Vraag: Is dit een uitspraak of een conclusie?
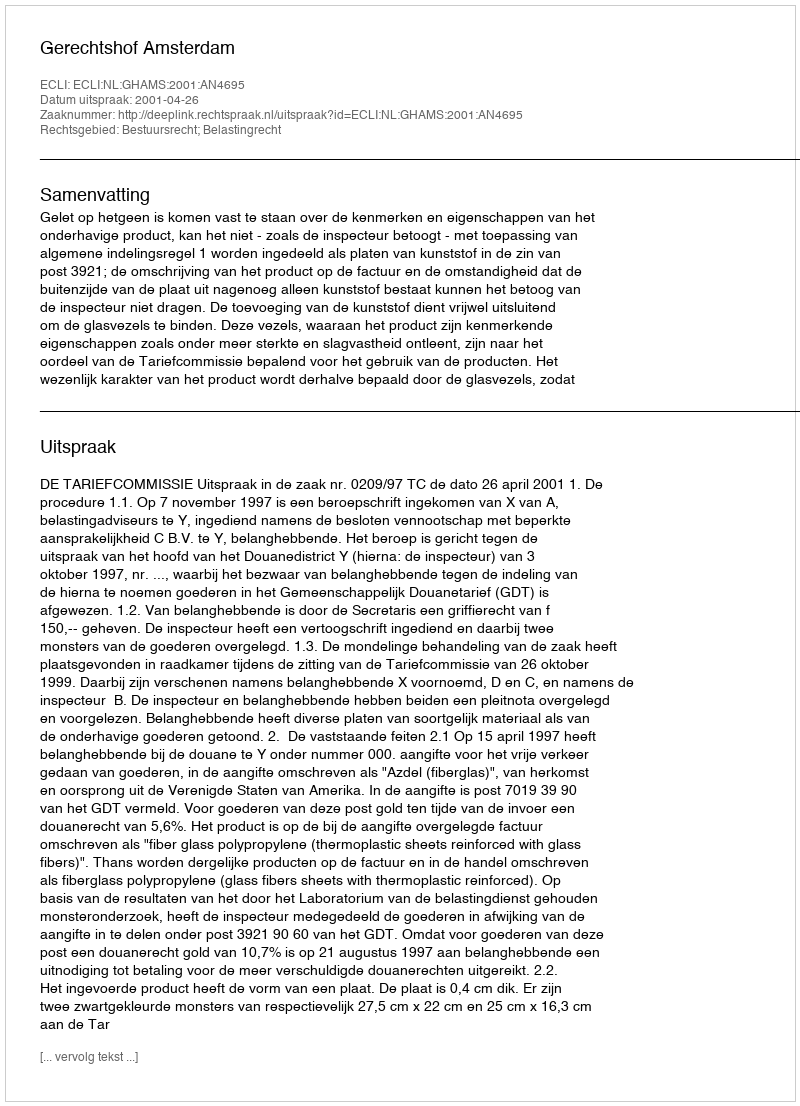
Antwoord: Uitspraak